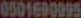
0501690095